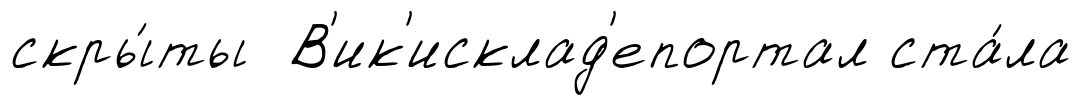
скры́ты В'ик'исклад'епортал ста́ла